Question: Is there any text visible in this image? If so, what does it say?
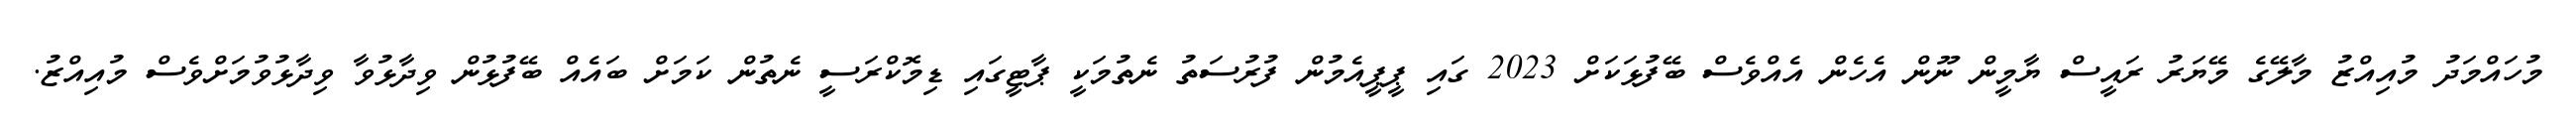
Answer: މުހައްމަދު މުއިއްޒު މާލޭގެ މޭޔަރު ރައީސް ޔާމީން ނޫން އެހެން އެއްވެސް ބޭފުޅަކަށް 2023 ގައި ޕީޕީއެމުން ފުރުސަތު ނެތުމަކީ ޕާޓީގައި ޑިމޮކްރަސީ ނެތުން ކަމަށް ބައެއް ބޭފުޅުން ވިދާޅުވާ ވިދާޅުވުމަށްވެސް މުއިއްޒު.